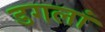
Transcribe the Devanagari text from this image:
डगलां